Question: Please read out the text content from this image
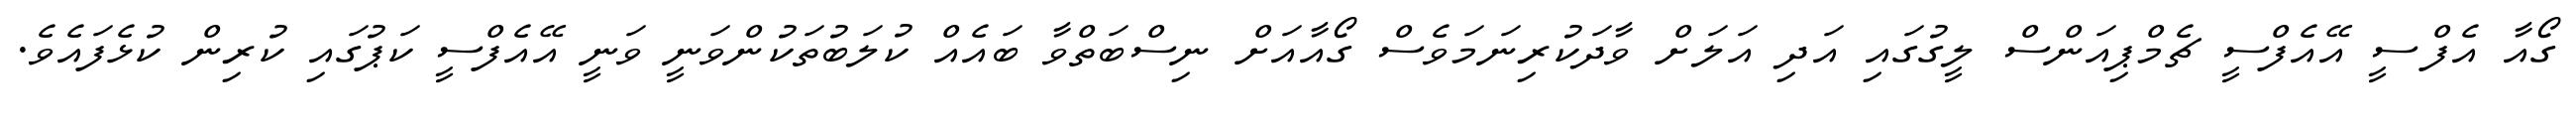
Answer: ގޯއާ އެފްސީ އޭއެފްސީ ޗެމްޕިއަންސް ލީގުގައި އަދި އަލަށް ވާދަކުރިނަމަވެސް ގޯއާއަށް ނިސްބަތްވާ ބައެއް ކުލަބުތަކުންވަނީ ވަނީ އޭއެފްސީ ކަޕުގައި ކުރިން ކުޅެފައެވެ.